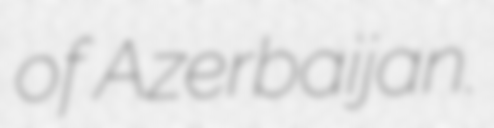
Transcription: of Azerbaijan.